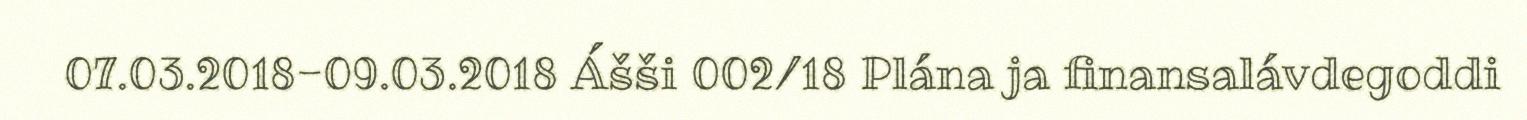
07.03.2018-09.03.2018 Ášši 002/18 Plána ja finansalávdegoddi